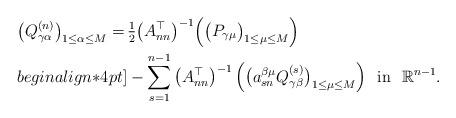
LaTeX: \begin{align*}\big(Q^{(n)}_{\gamma\alpha}\big)_{1\leq\alpha\leq M}=\,&\tfrac{1}{2}\big(A_{nn}^{\top}\big)^{-1}\Big(\big(P_{\gamma\mu}\big)_{1\leq\mu\leq M}\Big)\\begin{align*}4pt]&-\sum_{s=1}^{n-1}\big(A_{nn}^{\top}\big)^{-1}\,\Big(\big(a_{sn}^{\beta\mu}Q^{(s)}_{\gamma\beta}\big)_{1\leq\mu\leq M}\Big)\,\,\mbox{ in }\,\,{\mathbb{R}}^{n-1}.\end{align*}